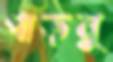
গাড়নু